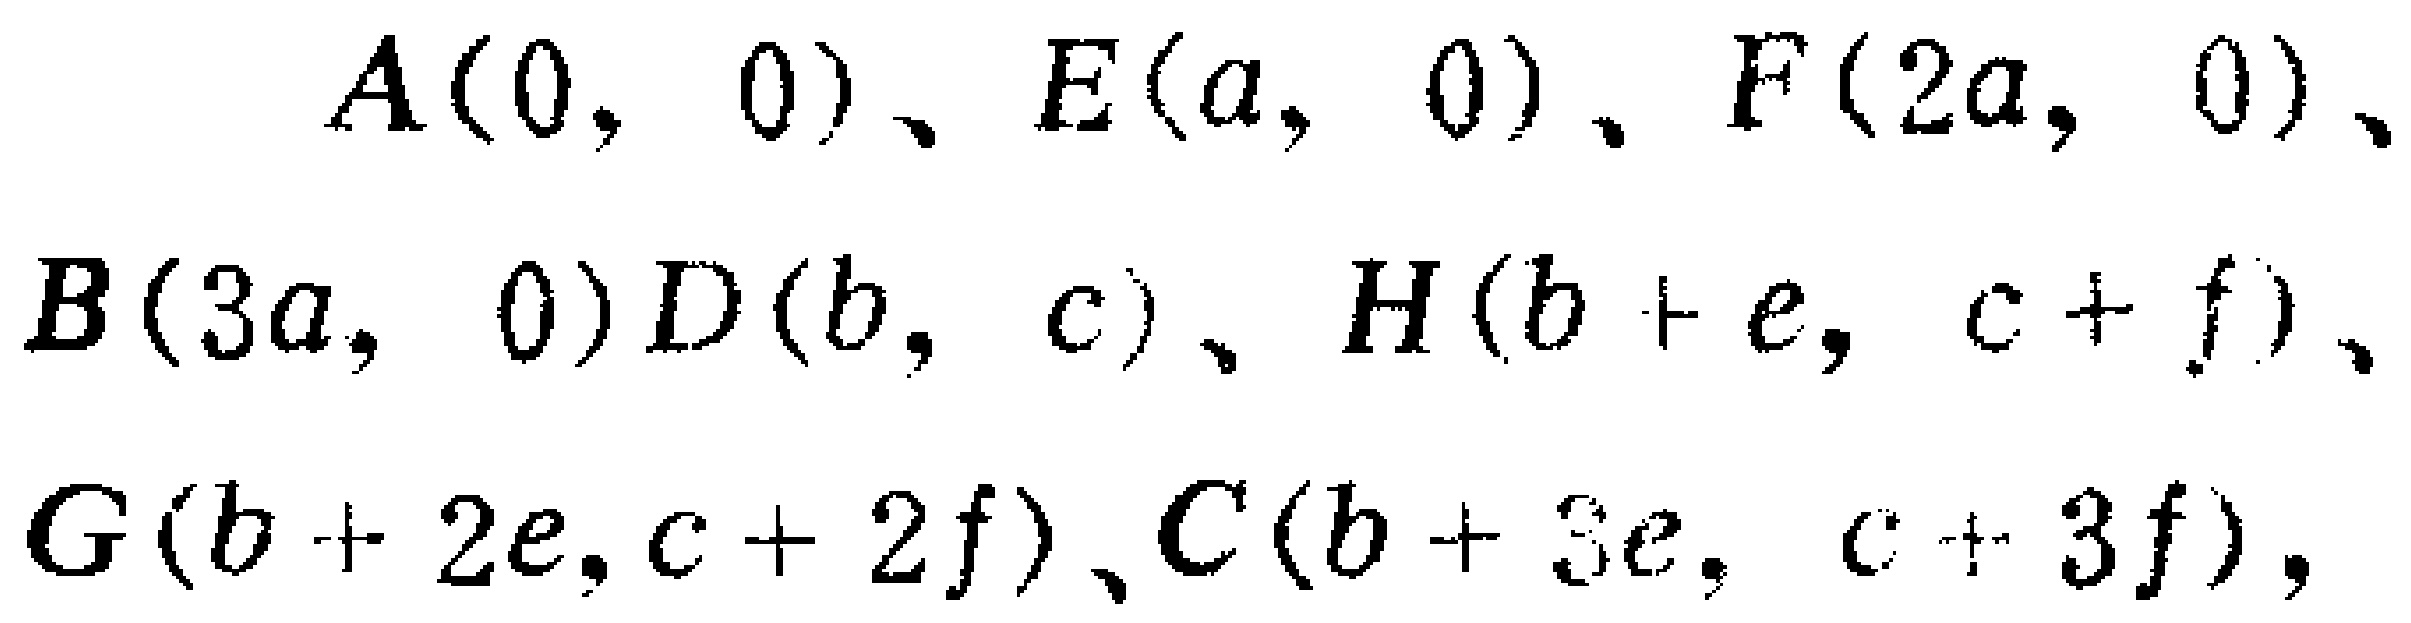
$A(0,0)、E(a,0)、F(2a,0)、B(3a,0)D(b,c)、H(b + e,c + f)、G(b + 2e,c + 2f)、C(b + 3e,c + 3f)$